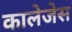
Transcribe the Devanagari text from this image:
कालेजेस